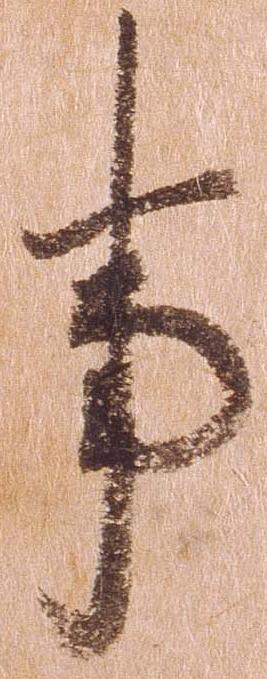
事